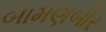
બામણબોર